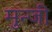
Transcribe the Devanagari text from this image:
मुन्जी